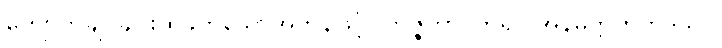
ကျောက်ချပ်ချင်းထိခိုက်သောအဟုန်ဖြင့်။ ဘိဇ္ဇိတွာ၊ ကွဲ၍။ အနိမိတ္တကတဒိသာ၊